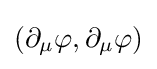
(\partial _{\mu }\varphi ,\partial _{\mu }\varphi )